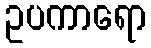
ဥပကာရော